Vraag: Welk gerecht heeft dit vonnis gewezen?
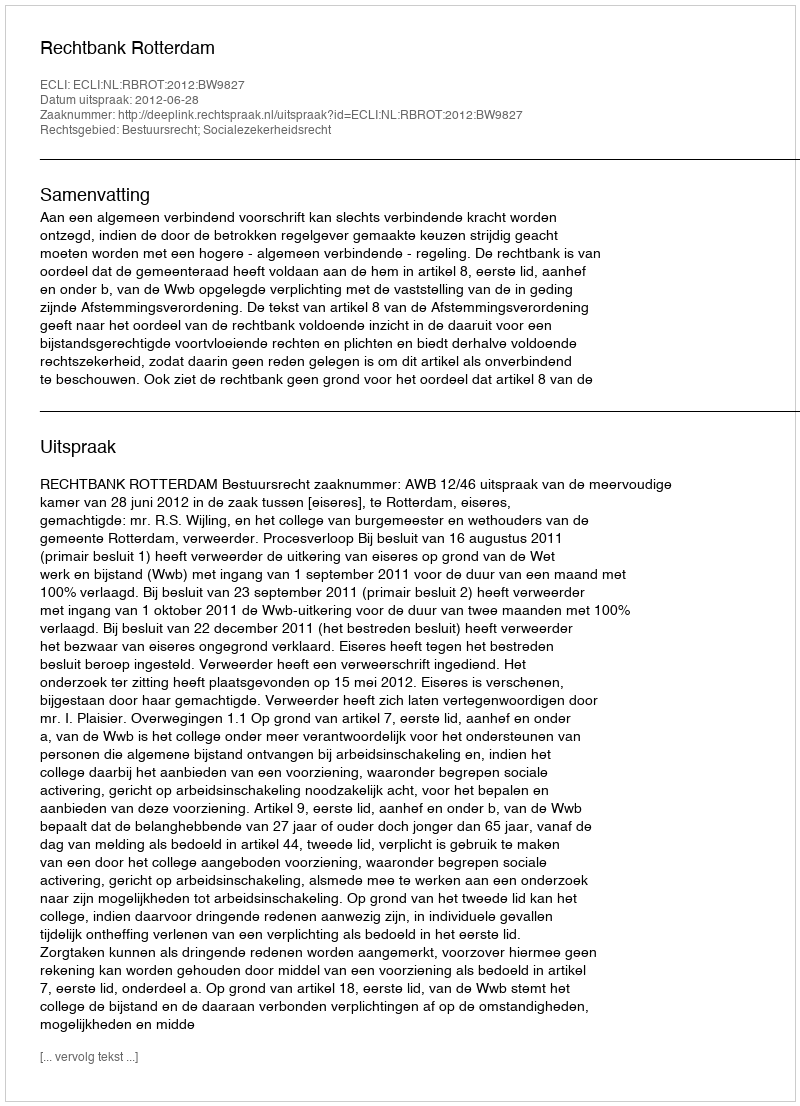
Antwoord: Rechtbank Rotterdam